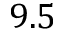
9 . 5